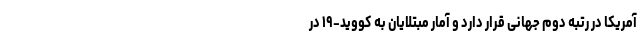
آمریکا در رتبه دوم جهانی قرار دارد و آمار مبتلایان به کووید-۱۹ در